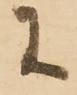
に